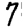
Digit: 7